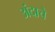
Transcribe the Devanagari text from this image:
अंदाचे